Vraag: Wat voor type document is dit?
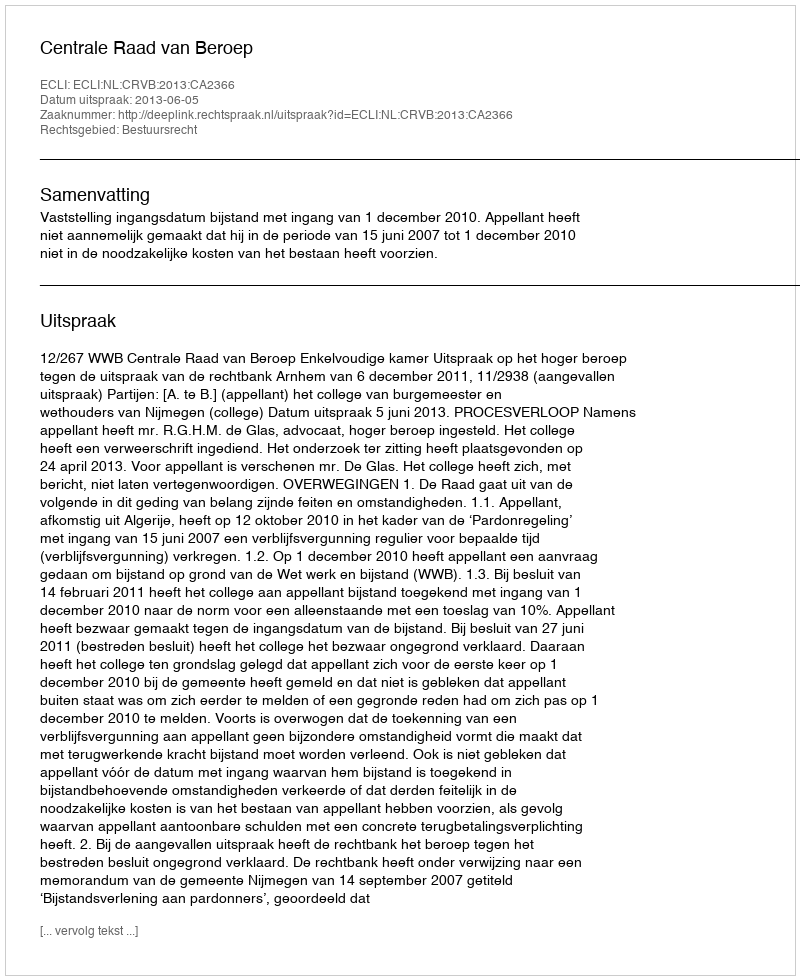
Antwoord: Uitspraak